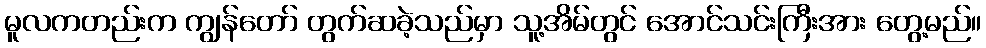
မူလကတည်းက ကျွန်တော် တွက်ဆခဲ့သည်မှာ သူ့အိမ်တွင် အောင်သင်းကြီးအား တွေ့မည်။